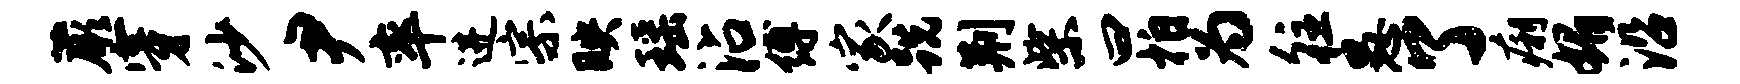
蕨穿沙尹率进宗映瑶沾缚家跣荆柴曰拍为往愚了痢媚沿